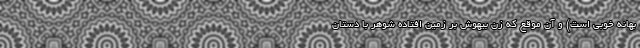
بهانه خوبی است) و آن موقع که زن بیهوش بر زمین افتاده شوهر با دستان